Annual administration and progress report of the Indian Medical Department, Bombay
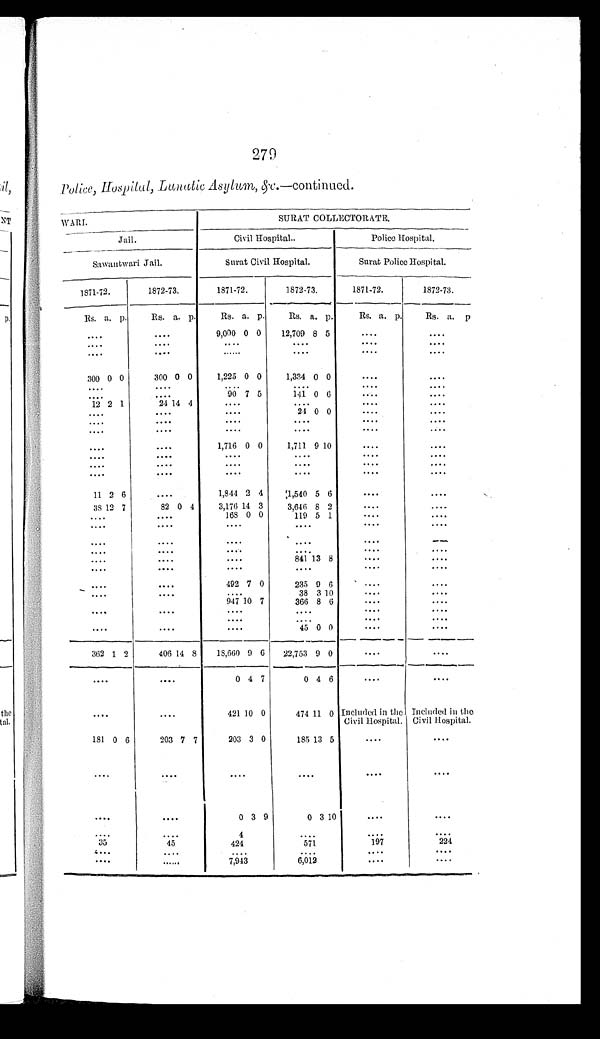
279
Police, Hospital, Lunatic Asylum, &c.—continued.
WART.
SURAT COLLECTORATE.
Jail.
Civil Hospital.
Police Hospital.
Sawantwari Jail.
Surat Civil Hospital.
Surat Police Hospital.
1871-72.
1872-73.
1871-72.
1872-73.
1871-72.
1872-73.
Rs. a. p.
Rs. a. p.
Rs. a. p.
Rs. a. p.
Rs. a. p.
Rs. a. p .
.. ..
....
9,000 0 0
12,709 8 5
....
....
....
....
....
....
....
....
....
....
......
....
• • • •
• • • '
300 0 0
300 0 0
1,225 0 0
1,334 0 0
• • ..
....
....
.. . •
....
....
....
....
....
90 7 5
141 0 6
.
.
. .
12 2 1
24 14 4
....
...
....
. • • •
• • ..
.. • •
• • • •
24 0 0
....
....
• • • •
• • • •
• • • •
• • • •
....
....
• • - •
• • • •
• • • •
• • • •
• • • •
....
.. • •
. . .
•
1,716 0 0
1,711 9 10
. . . .
....
•• • •
•• ..
....
....
. . • •
....
....
....
....
....
....
....
....
....
....
....
....
11 2 6
....
1,844 2 4
1,540 5 6
....
....
38 12 7
82 0 4
3,176 14 3
3,646 8 2
....
....
....
....
168 0 0
119 5 1
.
.
. .
....
....
.. . .
....
....
....
....
....
....
. . . •
....
....
....
....
•• • •
....
....
....
•• • •
••• •
• • • •
841 13 8
• • .•
....
•• • •
••• •
....
..• •
....
•• • •
...
....
492 7 0
235 9 6
.
....
••• •
• • - •
• • • •
38 3 10
••. •
....
947 10 7
366 8 6
. . . .
....
....
•••
•• • •
....
....
•• • •
•• • •
....
.•. •
•• • •
••• •
••• •
45 0 0
••.•
....
362 1 2
406 14 8
18,660 9 6
22,753 9 0
....
•• • •
•• • •
•• • •
0 4 7
0 4 6
. . . .
....
•• .
....
421 10 0
474 11 0 Included in the
Civil Hospital.
Included in the
Civil Hospital.
181 0 6
203 7 7
203 3 0
185 13 5
...
....
•• • •
•• • •
•• • •
..••
•• • .
....
••••
•• • •
0 3 9
0 3 10
....
....
•• • •
••..
4
....
....
•...
35
45
424
571
197
224
....
.• • •
••.
....
•• • •
•• • .
......
7,943
6,012
....
•••